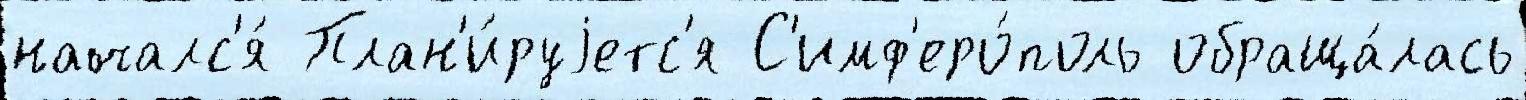
началс'я́ План'и́руjетс'я С'имф'еро́поль обраща́лась